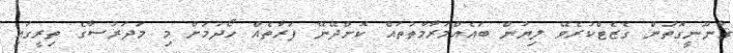
ޤާނޫނީގޮތުން ގެޒެޓްކުރެވޭ ލިޔުން ބައެއްމަރާމާތުތައް ކޮށްދޭނޭ ފަރާތެއް ހޯދުމަށް މި މަދަރުސާގެ ތިރީގައި